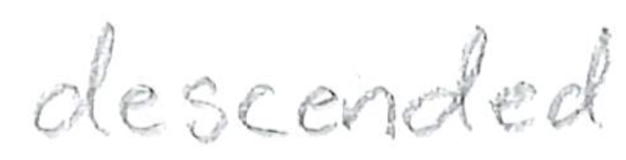
Text: descended
Cross-out: clean
Writing tool: pencil